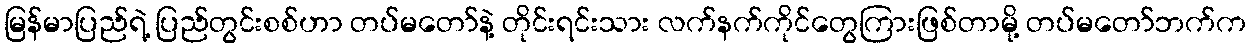
မြန်မာပြည်ရဲ့ ပြည်တွင်းစစ်ဟာ တပ်မတော်နဲ့ တိုင်းရင်းသား လက်နက်ကိုင်တွေကြားဖြစ်တာမို့ တပ်မတော်ဘက်က